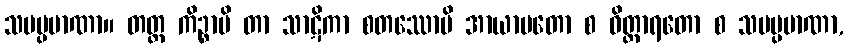
သမပ္ပမာဏာ။ တတ္ထ ကိဉ္စာပိ တာ သာဋိကာ စတဿောပိ အာယာမတော စ ဝိတ္ထာရတော စ သမပ္ပမာဏာ,